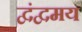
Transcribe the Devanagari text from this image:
द्वंद्वमय